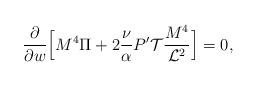
LaTeX: \begin{align*}\frac{\partial}{\partial w} \Big[ M^4 \Pi + 2 \frac{\nu}{\alpha} P' {\cal T} \frac{M^4}{{\cal L}^2}\Big]=0,\end{align*}